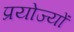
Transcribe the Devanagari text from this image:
प्रयोज्यों